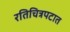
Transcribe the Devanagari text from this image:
रतिचित्रपटात